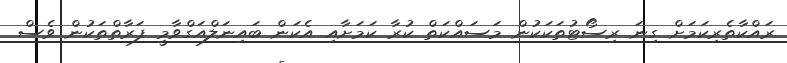
ރައްކާތެރިކަމަށް ގިނަ ރިސޯޓުތަކަކުން މަސައްކަތް ކުރާ ކަމަށާއި އެކަން ބައިނަލްއަގްވާމީ ފަރާތްތަކުން ވެސް